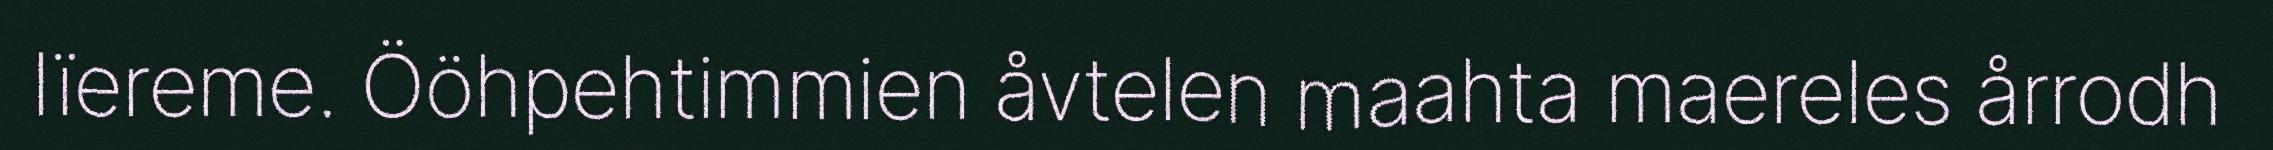
lïereme. Ööhpehtimmien åvtelen maahta maereles årrodh